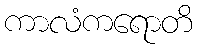
ကာလံကရောတိ